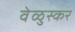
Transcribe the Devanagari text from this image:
वेळुस्कर